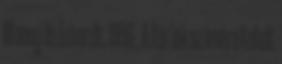
Money és Erhardt, 1996 . A férﬁak számára tehát